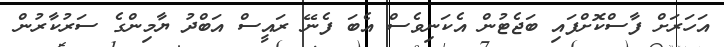
އަހަރަށް ފާސްކޮށްފައި ބަޖެޓުން އެކަނިވެސް އެބަ ފެނޭ ރައީސް އަބްދު ޔާމިންގެ ސަރުކާރުން